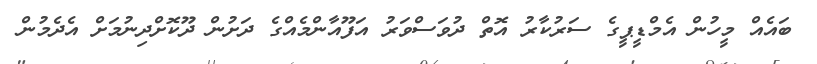
ބައެއް މީހުން އެމްޑީޕީގެ ސަރުކާރު އޮތް ދުވަސްވަރު އަފޫއާންމެއްގެ ދަށުން ދޫކޮށްދިނުމަށް އެދެމުން